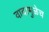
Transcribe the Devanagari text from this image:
वादामुळेच